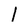
Character: 1